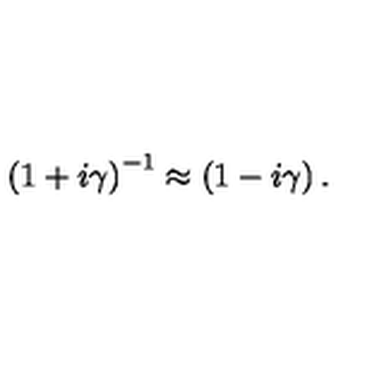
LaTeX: \left( 1 + i \gamma \right) ^ { - 1 } \approx \left( 1 - i \gamma \right) .